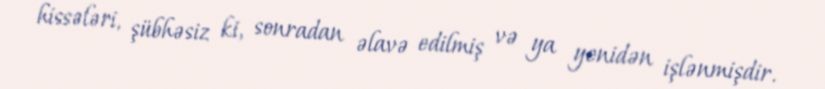
hissələri, şübhəsiz ki, sonradan əlavə edilmiş və ya yenidən işlənmişdir.